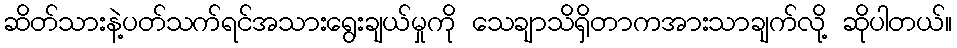
ဆိတ်သားနဲ့ပတ်သက်ရင်အသားရွေးချယ်မှုကို သေချာသိရှိတာကအားသာချက်လို့ ဆိုပါတယ်။